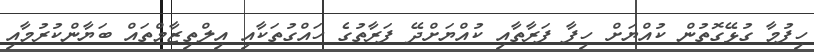
ހިފުމާ ގުޅޭގޮތުން ކުއްޔަށް ހިފާ ފަރާތާއި ކުއްޔަށްދޭ ފަރާތުގެ ހައްގުތަކާއި އިލްތިޒާމްތައް ބަޔާންކުރުމާއި